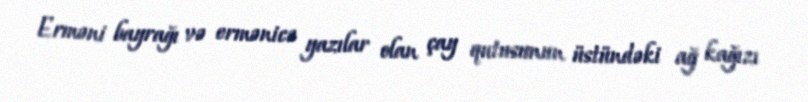
Erməni bayrağı və ermənicə yazılar olan çay qutusunun üstündəki ağ kağızı